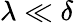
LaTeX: \lambda\ll\delta